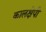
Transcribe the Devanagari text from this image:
कालक्षेपी